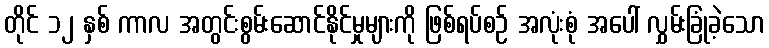
တိုင် ၁၂ နှစ် ကာလ အတွင်းစွမ်းဆောင်နိုင်မှုများကို ဖြစ်ရပ်စဉ် အလုံးစုံ အပေါ် လွှမ်းခြုံခဲ့သော